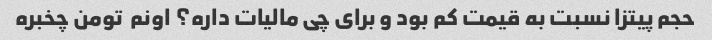
حجم پیتزا نسبت به قیمت کم بود و برای چی مالیات داره؟ اونم  تومن چخبره